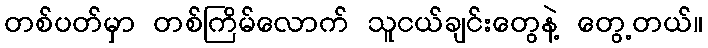
တစ်ပတ်မှာ တစ်ကြိမ်လောက် သူငယ်ချင်းတွေနဲ့ တွေ့တယ်။